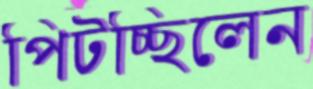
পিটচ্ছিলেন